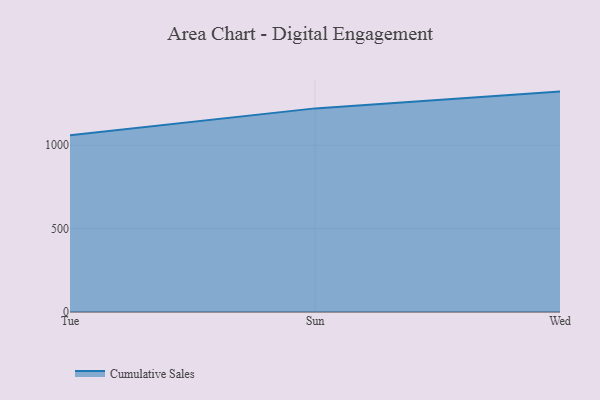
{"axis": {"x": "Day", "y": "Active Users"}, "legend": ["Cumulative Sales"], "data": [{"x": "Tue", "y": 1059.9, "type": "Cumulative Sales"}, {"x": "Sun", "y": 1220.7, "type": "Cumulative Sales"}, {"x": "Wed", "y": 1321.3, "type": "Cumulative Sales"}]}